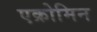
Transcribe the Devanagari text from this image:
एक्रोमिन